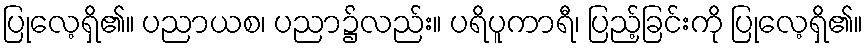
ပြုလေ့ရှိ၏။ ပညာယစ၊ ပညာ၌လည်း။ ပရိပူကာရီ၊ ပြည့်ခြင်းကို ပြုလေ့ရှိ၏။